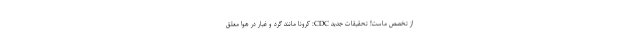
از تخصص ماست! تحقیقات جدید CDC: کرونا مانند گرد و غبار در هوا معلق